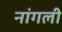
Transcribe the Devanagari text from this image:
नांगली